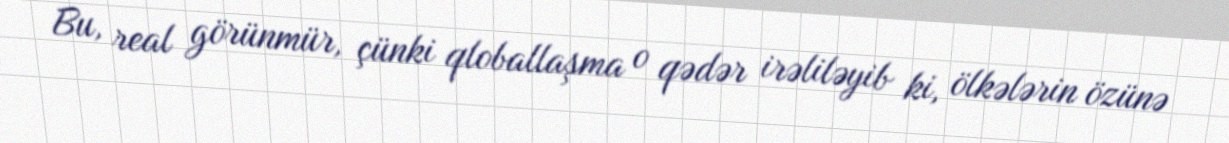
Bu, real görünmür, çünki qloballaşma o qədər irəliləyib ki, ölkələrin özünə